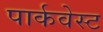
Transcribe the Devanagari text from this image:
पार्कवेस्ट